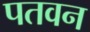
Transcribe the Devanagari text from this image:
पतवन